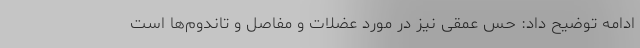
ادامه توضیح داد: حس عمقی نیز در مورد عضلات و مفاصل و تاندوم‌ها است